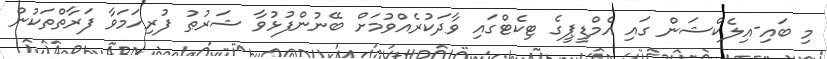
މި ބައި-އިލެކްޝަން ގައި އެމްޑީޕީގެ ޓިކެޓްގައި ވާދަކުރެއްވުމަށް ބޭނުންފުޅުވާ ޝަރުޠު ފުރިހަމަވާ ފަރާތްތަކުން